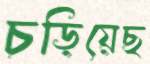
চড়িয়েছ